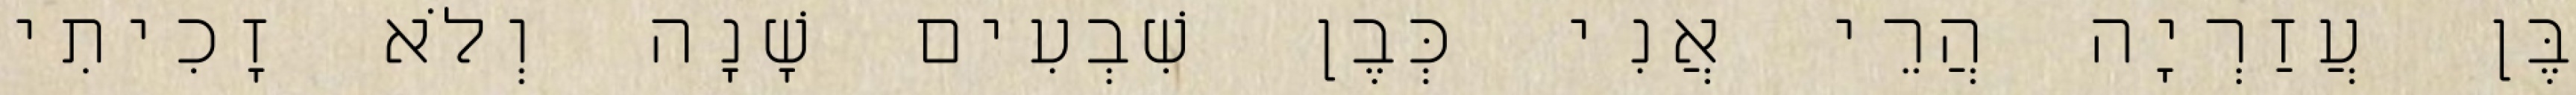
בֶּן עֲזַרְיָה הֲרֵי אֲנִי כְּבֶן שִׁבְעִים שָׁנָה וְלֹא זָכִיתִי